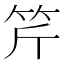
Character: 𥬊